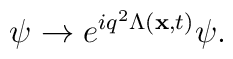
\psi\rightarrow e^{iq^2\Lambda({\bf x}, t)}\psi.